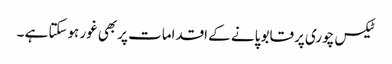
ٹیکس چوری پرقابو پانے کے اقدامات پربھی غور ہوسکتا ہے ۔